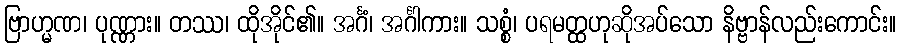
ဗြာဟ္မဏ၊ ပုဏ္ဏား။ တဿ၊ ထိုအိုင်၏။ အင်္ဂံ၊ အင်္ဂါကား။ သစ္စံ၊ ပရမတ္ထဟုဆိုအပ်သော နိဗ္ဗာန်လည်းကောင်း။